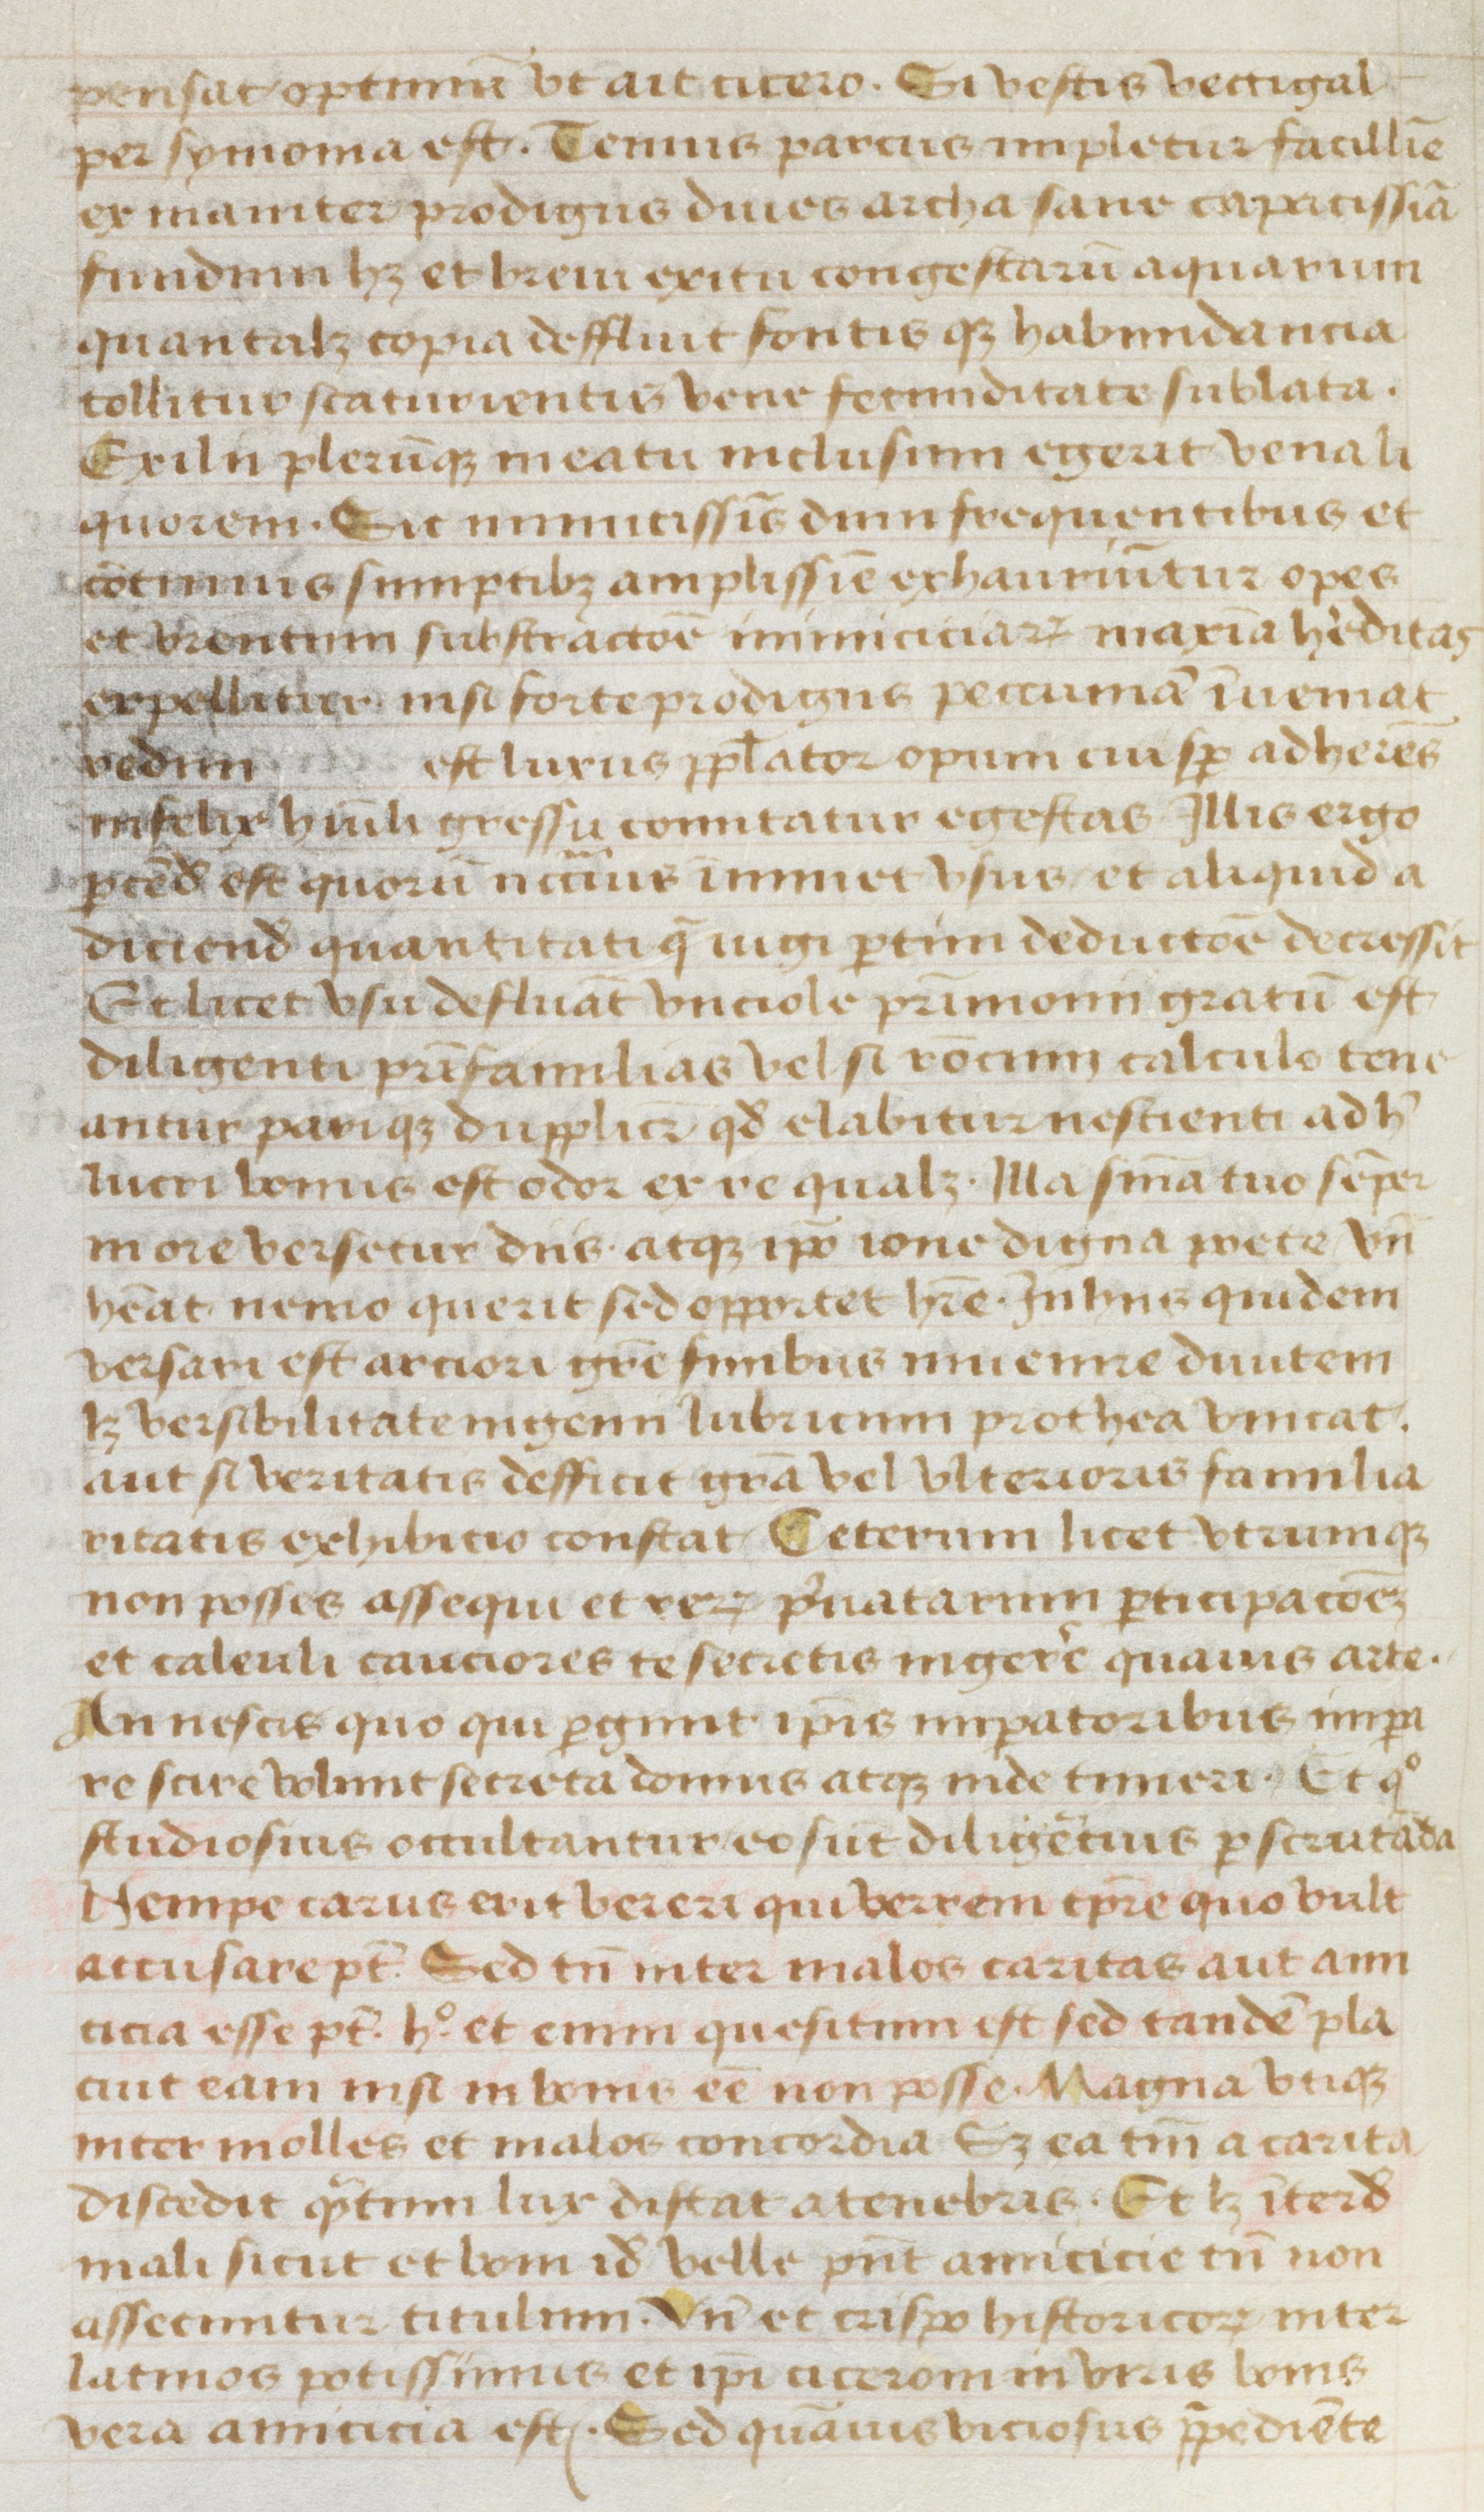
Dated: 1470–1499